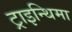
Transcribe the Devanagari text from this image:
ट्राइन्थिमा